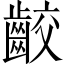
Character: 齩